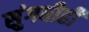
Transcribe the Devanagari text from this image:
सुंगधीही